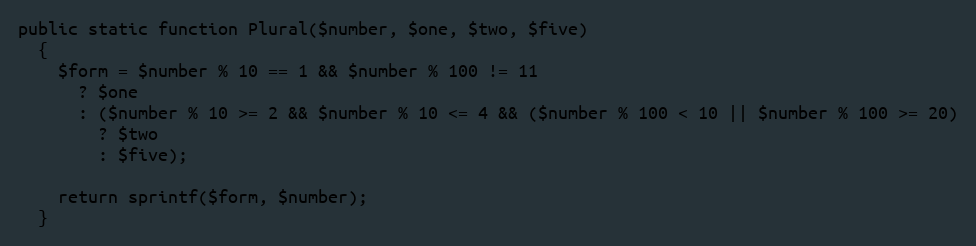
Language: PHP
public static function Plural($number, $one, $two, $five)
  {
    $form = $number % 10 == 1 && $number % 100 != 11
      ? $one
      : ($number % 10 >= 2 && $number % 10 <= 4 && ($number % 100 < 10 || $number % 100 >= 20)
        ? $two
        : $five);

    return sprintf($form, $number);
  }